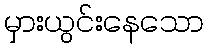
မှားယွင်းနေသော